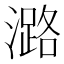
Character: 潞